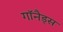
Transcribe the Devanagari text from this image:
गॉनैड्स